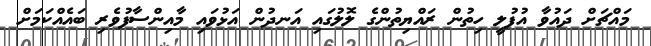
މައްޗަށް ދައުވާ އުފުލީ ހިތުން ރައްޔިތުންގެ ލޮލުގައި އަނދުން އަޅުވައި މާއިންސާފުވެރި ބައެއްކަމަށް